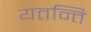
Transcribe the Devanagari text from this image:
यतन्ति